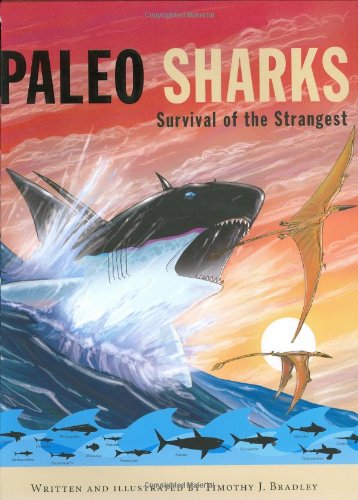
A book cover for Paleo Sharks: Survival of the Strangest; Timothy J. Bradley; Children's Books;